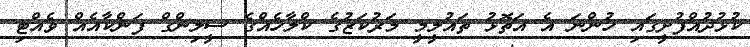
ކުޅުދުއްފުށީގައި ހުންނަ އެ އަތޮޅު ތައުލީމީ މަރުކަޒުގެ ކްލާހެއްގެ ސީލިންގް ފަންކާއެއް ވެއްޓި